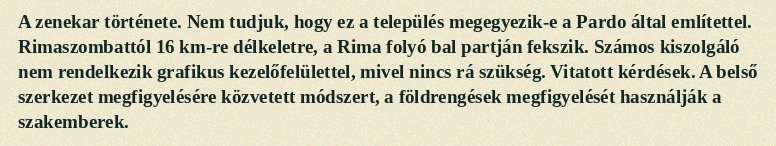
A zenekar története. Nem tudjuk, hogy ez a település megegyezik-e a Pardo által említettel. Rimaszombattól 16 km-re délkeletre, a Rima folyó bal partján fekszik. Számos kiszolgáló nem rendelkezik grafikus kezelőfelülettel, mivel nincs rá szükség. Vitatott kérdések. A belső szerkezet megfigyelésére közvetett módszert, a földrengések megfigyelését használják a szakemberek.